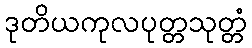
ဒုတိယကုလပုတ္တသုတ္တံ